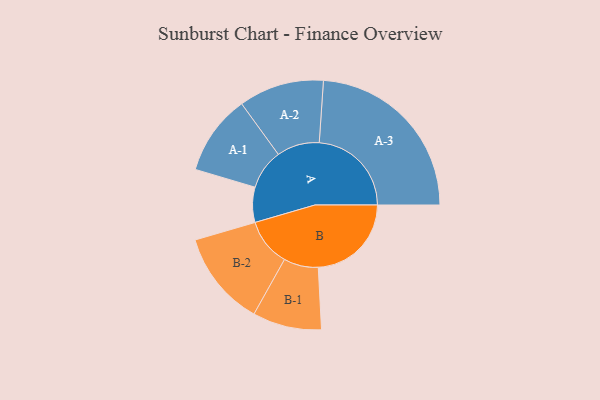
{"axis": {"x": "Segment", "y": "Value"}, "legend": ["", "A", "B"], "data": [{"x": "A", "y": 112, "type": ""}, {"x": "B", "y": 297, "type": ""}, {"x": "A-1", "y": 128, "type": "A"}, {"x": "A-2", "y": 136, "type": "A"}, {"x": "A-3", "y": 294, "type": "A"}, {"x": "B-1", "y": 110, "type": "B"}, {"x": "B-2", "y": 152, "type": "B"}]}